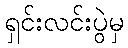
ရှင်းလင်းပွဲမှ